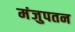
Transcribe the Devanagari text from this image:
मंजुपतन